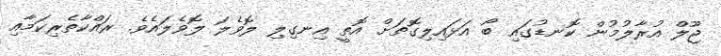
ޖޫލް އުރާލުމުން ކޮނޑުގައި ބޯ އަޅައިލިގޮތަށް އޮތީ އިނގިލި ލޮވެލަ ލޮވެލައެވެ. ރައްކާތެރިކަމާއި